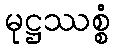
မုဋ္ဌဿစ္စံ